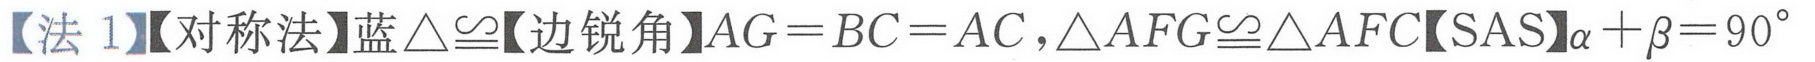
【法 1】【对称法】蓝$\triangle\cong$【边锐角】$AG = BC = AC,\triangle AFG\cong\triangle AFC$【SAS】$\alpha+\beta = 90^{\circ}$